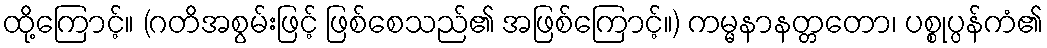
ထို့ကြောင့်။ (ဂတိအစွမ်းဖြင့် ဖြစ်စေသည်၏ အဖြစ်ကြောင့်။) ကမ္မနာနတ္တတော၊ ပစ္စုပ္ပန်ကံ၏